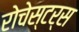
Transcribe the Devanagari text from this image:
रोचेस्टर्स